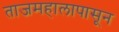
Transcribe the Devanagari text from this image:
ताजमहालापासून